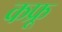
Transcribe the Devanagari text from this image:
कफ्रू